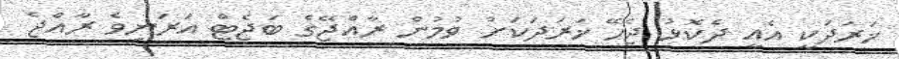
ޚަރަދަކީ އެއީ ދެކޮޅު ޖެހޭ ޚަރަދަކަށް ވުމުން ރާއްޖޭގެ ބަޖެޓް އަރަނިވެ ރާއްޖެ